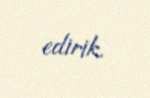
edirik.